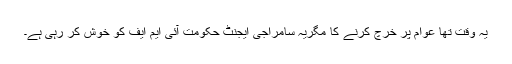
یہ وقت تھا عوام پر خرچ کرنے کا مگریہ سامراجی ایجنٹ حکومت آئی ایم ایف کو خوش کر رہی ہے۔